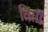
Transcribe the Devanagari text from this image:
तिती